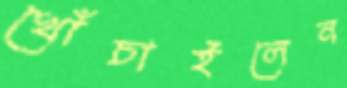
খোঁচাইলেন